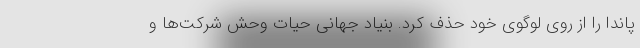
پاندا را از روی لوگوی خود حذف کرد. بنیاد جهانی حیات وحش شرکت‌ها و